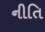
નીતિ